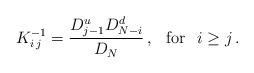
\begin{align*}\:K^{-1}_{i\,j} = \frac{D_{j-1}^{u}D_{N-i}^{d}}{D_{N}} \,,\hspace{0.3cm} {\rm for} \hspace{0.3cm} i \geq j \,.\:\end{align*}